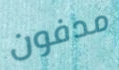
مدفون